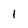
Character: 1